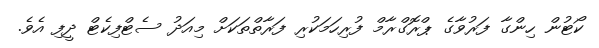
ކޯޓުން ހިންގާ ފަރުވާގެ ޕްރޮގްރާމް ފުރިހަމަކުރި ފަރާތްތަކަށް މިއަދު ސެޓްފިކެޓް ދީފި އެވެ.